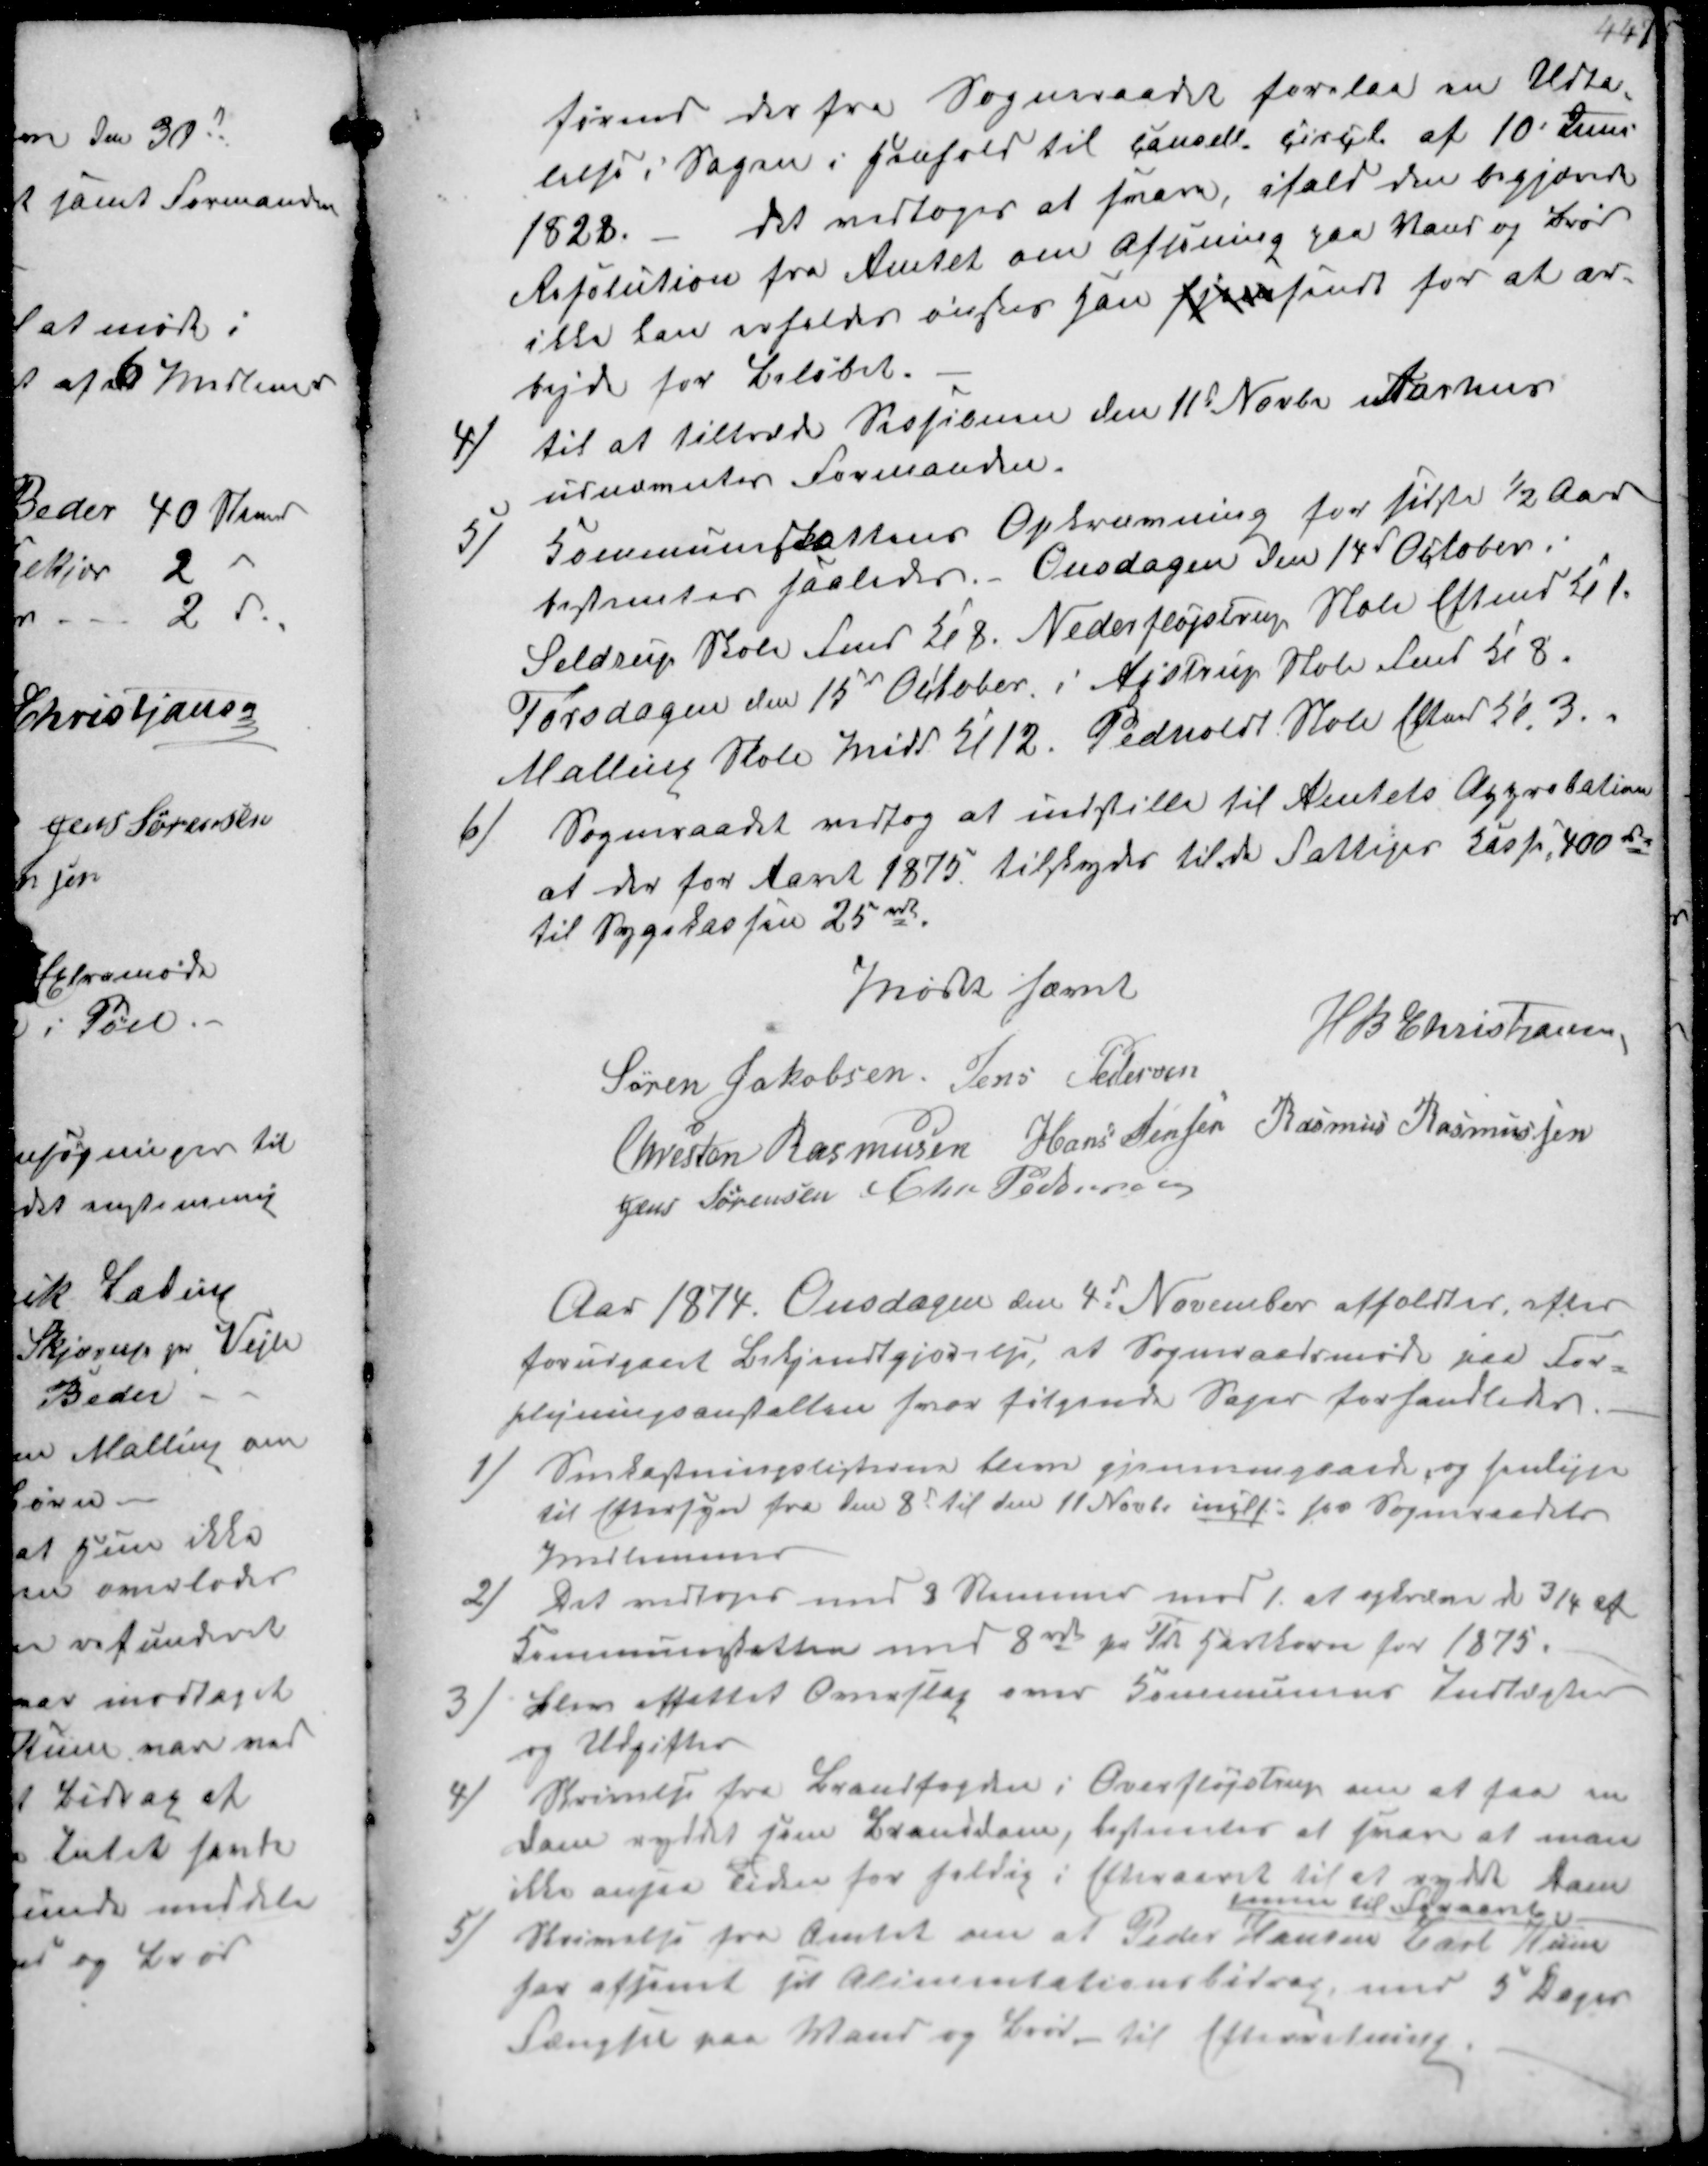
Transskription:
førend der fra Sogneraadet forelaa en Udta-
telse i Sagen i Henhold til Canselli Circl af 10 Juni
1828. - Det vedtoges at svare, ifald den begjærede
Resolution fra Amtet om Afsoning paa Vand og Brød
ikke kan erholdes ønskes han hjemsendt for at ar-
bejde for Beløbet.

4/
til at tiltræde Sessionen den 11t Novbr i Aarhus 
udnævntes Formanden

5/
Kommuneskattens Opkrævning for sidste ½ Aar
bestemtes saaledes. Onsdagen den 14d October i
Seldrup Skole Fmd Kl 8. Nederfløjstrup Skole Eftmd Kl 1.
Torsdagen den 15d Occtober i Ajstrup Skole Fmd Kl 8
Malling Skole Midd Kl 12. Pedholdt Skole Eftmd Kl. 3.

6/
Sogneraadet vedtog at indstille til Amtets Approbation
at der for Aaret 1875 tilskydes til de Fattiges Kasse 400 rdl
til Sygskassen 25 rdl

Mødet hævet.
Søren Jakobsen Jens Pedersen
H B Christjansen
Chresten Rasmusen Hans Jensen Rasmus Rasmussen
Jens Sørensen Chr Pedersen

Aar 1874. Onsdagen den 4d November afholdtes, efter
forudgaaet Bekjendtgjørelse, at Sogneraadsmøde paa For-
plejningsanstalten hvor følgende Sager forhandledes.

1/
Snekastningslisterne bleve gjennemgaaede, og henligge
til Eftersyn fra den 8d til den 11 Novbr incl hos Sogneraadets 
Medlemmer
2/
Det vedtoges med 8 Stemmer mod 1 at opkræve de ¾ af
Kommuneskatten med 8rdl pr Td Hartkorn for 1875 
3/
blev affattet Overslag over Kommunens Indtægter
og Udgifter
4/
Skrivelse fra Brandfogden i Overfløjstrup om at faa en
Dam ryddet som Brandam, bestemtes at svare at man
ikke ansaa Tiden for heldig i Efteraaret til at rydde Dam
men til Foraaret 
5/
Skrivelse fra Amtet om at Peder Hansen Carl Küen
har afsonet sit Alimentationsbidrag med 5 Dages
Fængsel paa Vand og Brød til Efterretning